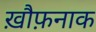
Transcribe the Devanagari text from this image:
ख़ौफ़नाक